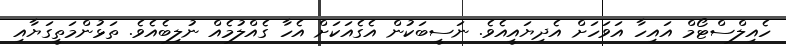
ހެއިލްސްޓޯމް އައިހާ އަވަހަށް އެދިޔައީއެވެ. ނަސީބަކުން އެގެއަކަށް އެހާ ގެއްލުމެއް ނުލިބެއެވެ. ތަޅުންމަތީގަޔާއި